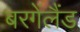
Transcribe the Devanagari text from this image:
बरगेंलैंड